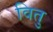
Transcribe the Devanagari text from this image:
वितु